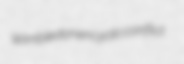
Wimbledon encyclic conflict